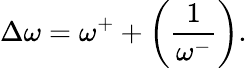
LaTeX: \Delta\omega=\omega^{+}+\left(\frac{1}{\omega^{-}}\right).